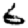
Digit: 6